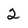
Character: 2